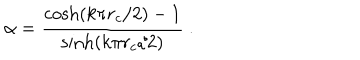
\alpha = \frac { \cosh ( k \pi r _ { c } / 2 ) - 1 } { \sinh ( k \pi r _ { c } / 2 ) } \ .